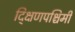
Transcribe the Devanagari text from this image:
द्क्षिणपश्चिमी